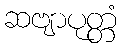
ဆဗျာပုတ္တံ